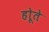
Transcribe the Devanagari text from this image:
होूते